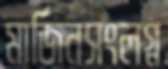
মার্জিনসংলগ্ন